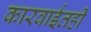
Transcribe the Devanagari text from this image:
कारवाईतही